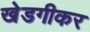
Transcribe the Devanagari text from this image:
खेडगीकर